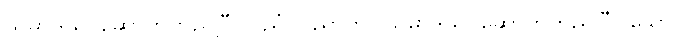
သမာဒိယိ၊ ဆောက်တည်ပြီ။ ပညံ၊ ပညာကို။ သမာဒိယိ၊ ဆောက်တည်ပြီ။ သော၊